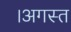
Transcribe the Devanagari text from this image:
।अगस्त